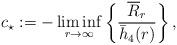
LaTeX: \begin{align*}c_\star := - \liminf_{r \to \infty} \bigg\{ \frac{\overline{R}_r}{\bar h_4(r)} \bigg\} \,,\end{align*}